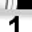
Digit: 1